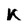
Character: K